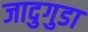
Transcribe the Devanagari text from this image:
जादुगुडा